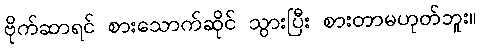
ဗိုက်ဆာရင် စားသောက်ဆိုင် သွားပြီး စားတာမဟုတ်ဘူး။